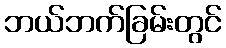
ဘယ်ဘက်ခြမ်းတွင်